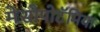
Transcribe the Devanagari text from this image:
मेसोपोटॅमिया